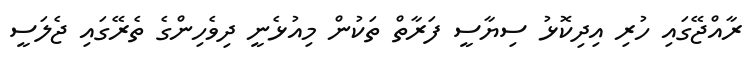
ރާއްޖޭގައި ހުރި އިދިކޮޅު ސިޔާސީ ފަރާތް ތަކުން މިއުޅެނީ ދިވެހިންގެ ތެރޭގައި ޖެލަސީ